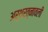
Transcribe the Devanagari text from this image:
अर्थरत्नावली